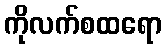
ကိုလက်စထရော